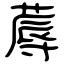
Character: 蓐